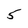
Character: 5